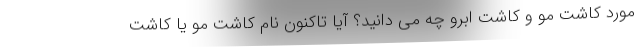
مورد کاشت مو و کاشت ابرو چه می دانید؟ آیا تاکنون نام کاشت مو یا کاشت